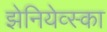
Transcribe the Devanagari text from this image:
झेनियेव्स्का